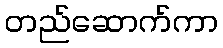
တည်ဆောက်ကာ